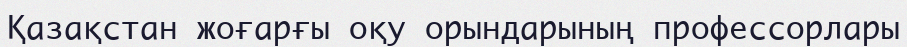
Қазақстан жоғарғы оқу орындарының профессорлары